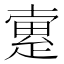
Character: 𤴡